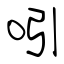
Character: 吲